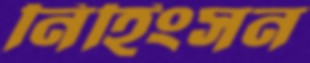
নিহিংসন